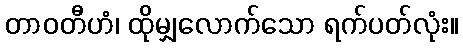
တာဝတီဟံ၊ ထိုမျှလောက်သော ရက်ပတ်လုံး။